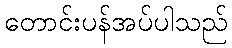
တောင်းပန်အပ်ပါသည်